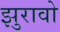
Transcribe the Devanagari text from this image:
झुरावो